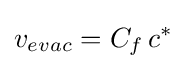
v_{evac}=C_{f}\,c^{*}